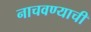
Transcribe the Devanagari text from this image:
नाचवण्याची